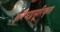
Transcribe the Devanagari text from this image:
हरिभद्रसूरिकृत